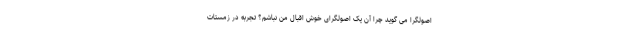
اصولگرا می گوید چرا آن یک اصولگرای خوش اقبال من نباشم؟ تجربه در زمستات